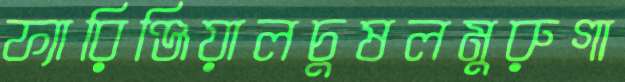
ফ্যারিঞ্জিয়ালচুষলমুরুগা